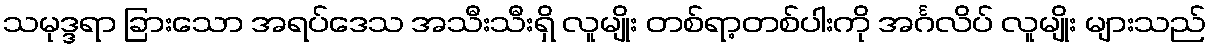
သမုဒ္ဒရာ ခြားသော အရပ်ဒေသ အသီးသီးရှိ လူမျိုး တစ်ရာ့တစ်ပါးကို အင်္ဂလိပ် လူမျိုး များသည်